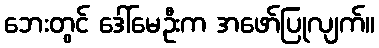
ဘေးတွင် ဒေါ်မေဦးက အဖော်ပြုလျက်။